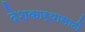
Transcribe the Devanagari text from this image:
देशकार्यासाठी